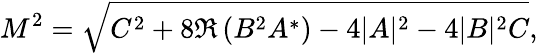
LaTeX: M^{2}=\sqrt{C^{2}+8\Re\left(B^{2}A^{*}\right)-4|A|^{2}-4|B|^{2}C},